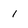
Character: 1